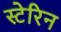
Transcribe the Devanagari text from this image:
स्टेरिन